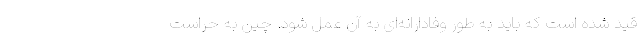
قید شده است که باید به طور وفادارانه‌ای به آن عمل شود. چین به حراست